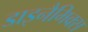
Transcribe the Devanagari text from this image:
डाइनैमिक्स